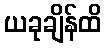
ယခုချိန်ထိ